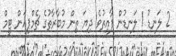
2 ލަނޑު 1 ލަނޑުން ފާއިތުވެ ދިޔަ ތިން މުބާރާތުގެ ޗެމްޕިއަން ޓީމް